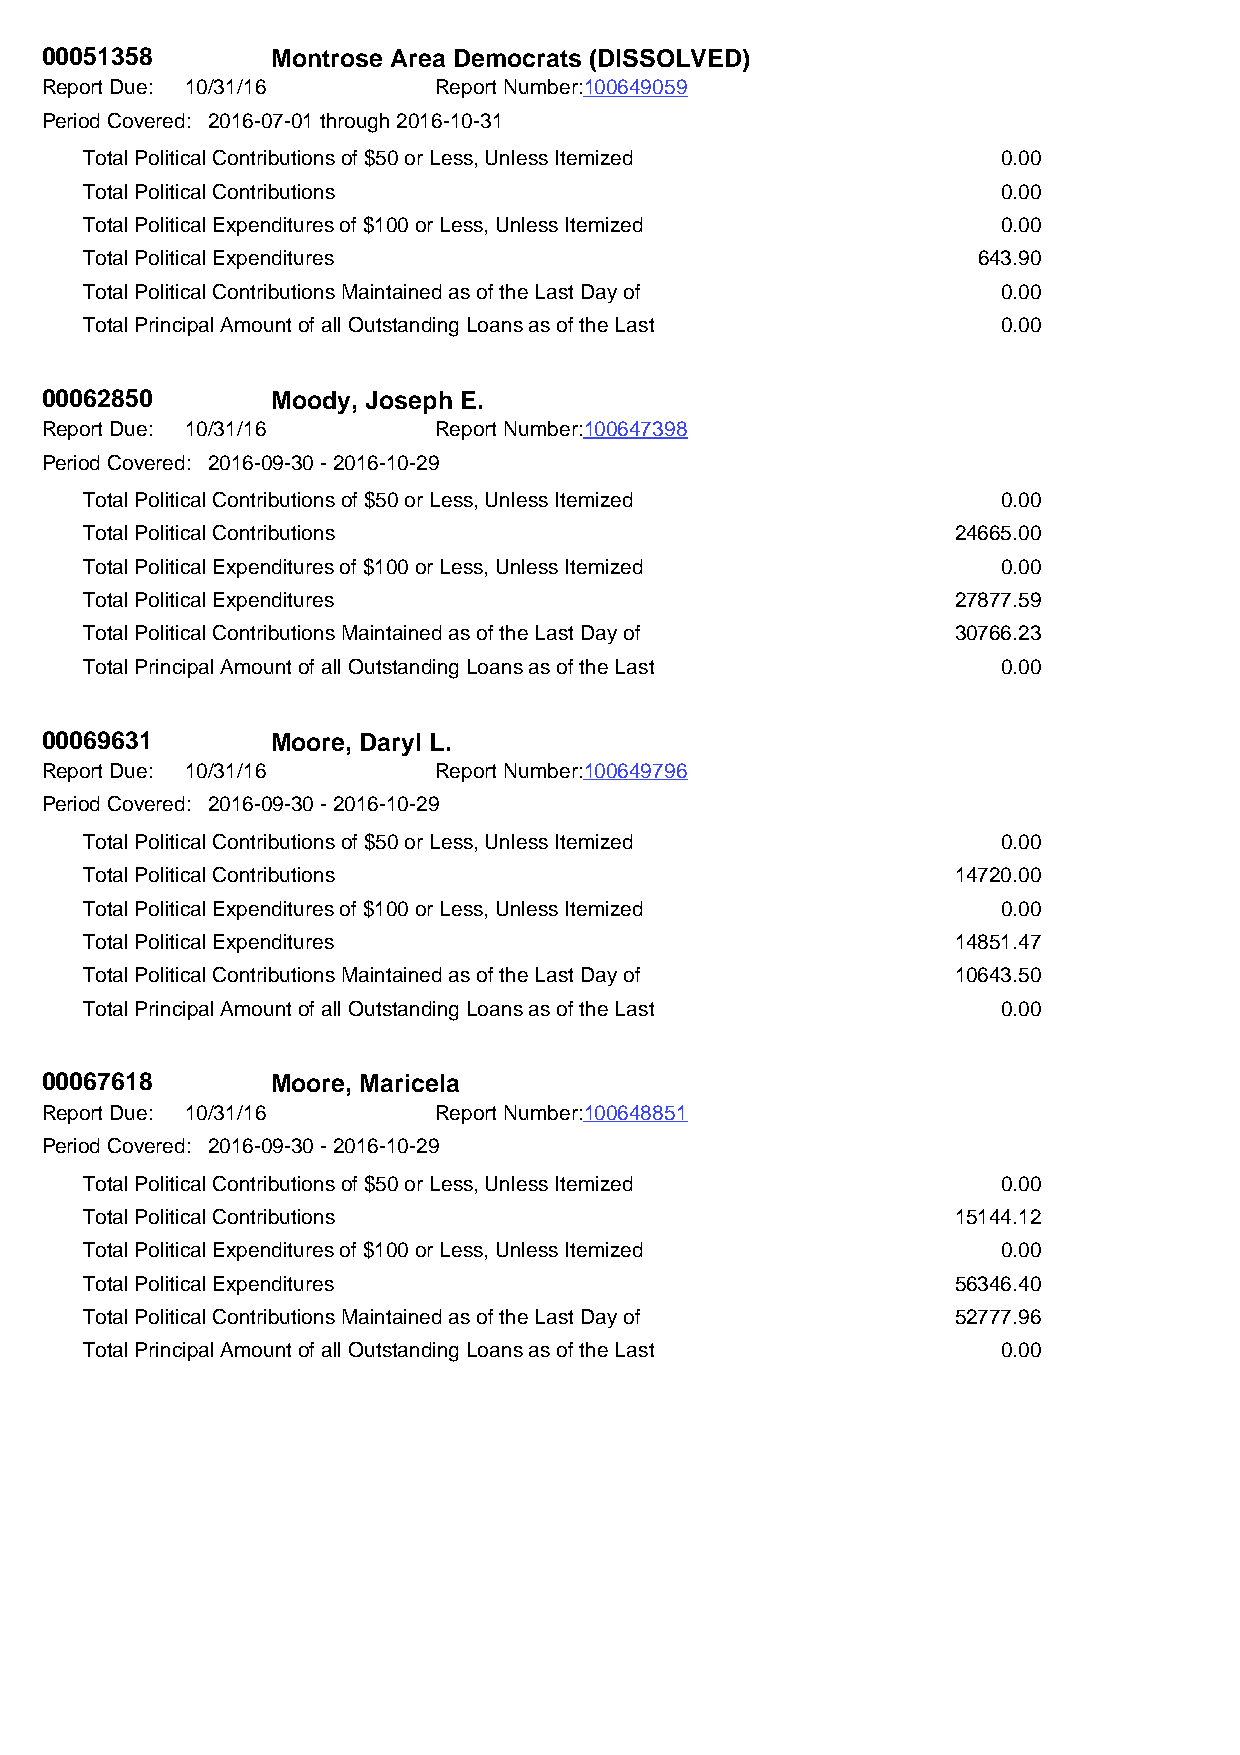
00051358       Montrose Area Democrats (DISSOLVED)
 Report Due: 10/31/16      Report Number:100649059
 Period Covered: 2016-07-01 through 2016-10-31
 Total Political Contributions of $50 or Less, Unless Itemized 0.00
 Total Political Contributions                               0.00
 Total Political Expenditures of $100 or Less, Unless Itemized 0.00
 Total Political Expenditures                               643.90
 Total Political Contributions Maintained as of the Last Day of 0.00
 Total Principal Amount of all Outstanding Loans as of the Last 0.00
 00062850       Moody, Joseph E.
 Report Due: 10/31/16      Report Number:100647398
 Period Covered: 2016-09-30 - 2016-10-29
 Total Political Contributions of $50 or Less, Unless Itemized 0.00
 Total Political Contributions                            24665.00
 Total Political Expenditures of $100 or Less, Unless Itemized 0.00
 Total Political Expenditures                             27877.59
 Total Political Contributions Maintained as of the Last Day of 30766.23
 Total Principal Amount of all Outstanding Loans as of the Last 0.00
 00069631       Moore, Daryl L.
 Report Due: 10/31/16      Report Number:100649796
 Period Covered: 2016-09-30 - 2016-10-29
 Total Political Contributions of $50 or Less, Unless Itemized 0.00
 Total Political Contributions                            14720.00
 Total Political Expenditures of $100 or Less, Unless Itemized 0.00
 Total Political Expenditures                             14851.47
 Total Political Contributions Maintained as of the Last Day of 10643.50
 Total Principal Amount of all Outstanding Loans as of the Last 0.00
 00067618       Moore, Maricela
 Report Due: 10/31/16      Report Number:100648851
 Period Covered: 2016-09-30 - 2016-10-29
 Total Political Contributions of $50 or Less, Unless Itemized 0.00
 Total Political Contributions                            15144.12
 Total Political Expenditures of $100 or Less, Unless Itemized 0.00
 Total Political Expenditures                             56346.40
 Total Political Contributions Maintained as of the Last Day of 52777.96
 Total Principal Amount of all Outstanding Loans as of the Last 0.00